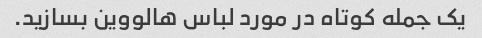
یک جمله کوتاه در مورد لباس هالووین بسازید.